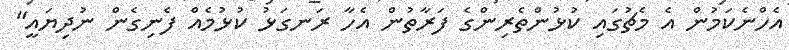
އެހްނެކަމުން އެ މެޗުގައި ކުޅުންތެރިންގެ ފަރާތުން އެހާ ރަނގަޅު ކުޅުމެއް ފެނިގެން ނުދިޔައީ"